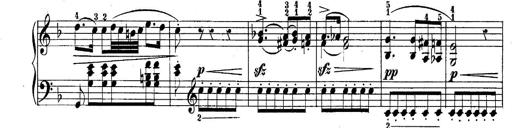
Title: 10 Sonatines progressives
Composer: Anton Schmoll